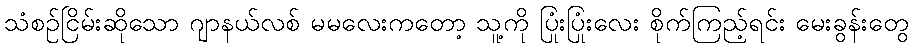
သံစဉ်ငြိမ်းဆိုသော ဂျာနယ်လစ် မမလေးကတော့ သူ့ကို ပြုံးပြုံးလေး စိုက်ကြည့်ရင်း မေးခွန်းတွေ